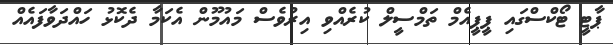
ޕާޓީ ޓޯކްސްގައި ޕީޕީއެމް ތަމްސީލް ކުރެއްވި އިރުވެސް މައުމޫން އެކަމާ ދެކޮޅު ހައްދަވާފައެއް